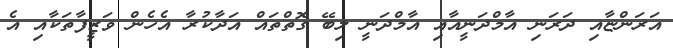
އަރަންޏާއި ދަރަނި އާމްދަނީއާއި އާމްދަނީ ލިބޭ ގޮތްތައް އަދާކުރާ އެހެން ވަޒީފާތަކާއި އެ